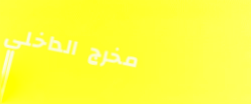
مخرج الداخلي